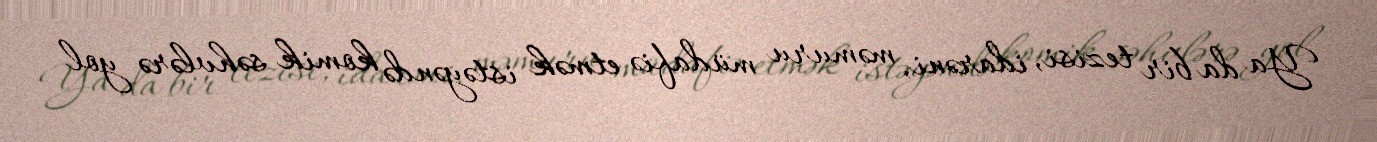
Ya da bir tezisi, idarəni, məmuru müdafiə etmək istəyəndə komik səhvlərə yol